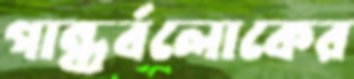
গান্ধর্বলোকের